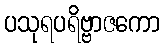
ပသုရပရိဗ္ဗာဇကော